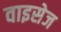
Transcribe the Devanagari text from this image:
वाइसेज